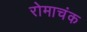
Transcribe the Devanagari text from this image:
रोमाचंक